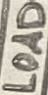
Text: LOAD